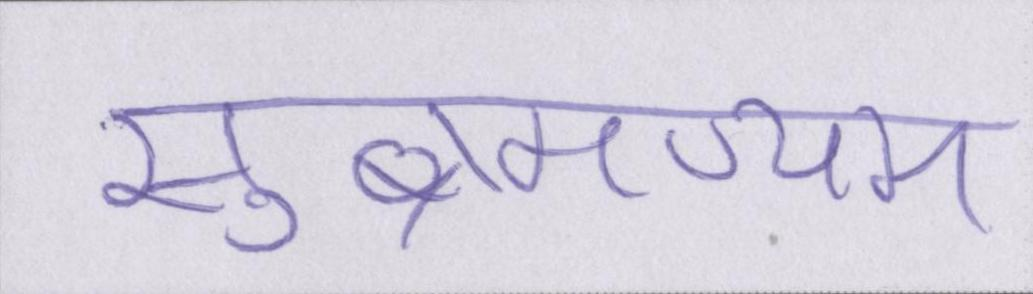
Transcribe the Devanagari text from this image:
सुब्रमण्यम